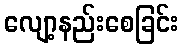
လျော့နည်းစေခြင်း